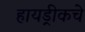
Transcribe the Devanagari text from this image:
हायड्रीकचे